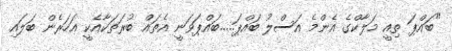
"ބައްޕަ ތިއީ މަލާކްގެ އެންމެ އަސްލު ބައްޕަ.....ބައްޕަވަނީ އެތައް ބުރަތަކާއެކީ އަހަރެން ބަލައި